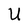
Character: U